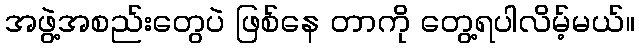
အဖွဲ့အစည်းတွေပဲ ဖြစ်နေ တာကို တွေ့ရပါလိမ့်မယ်။